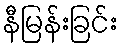
နီမြန်းခြင်း